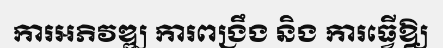
ការអភិវឌ្ឍ ការពង្រឹង និង ការធ្វើឱ្យ